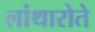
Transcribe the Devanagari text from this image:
लांथारोते